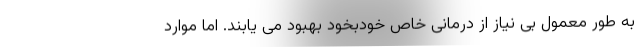
به طور معمول بی نیاز از درمانی خاص خودبخود بهبود می یابند. اما موارد